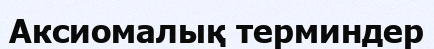
Аксиомалық терминдер